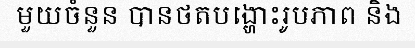
មួយចំនួន បានថតបង្ហោះរូបភាព និង